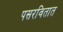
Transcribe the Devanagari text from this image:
पसरवितात